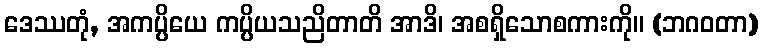
ဒေဿတုံ, အကပ္ပိယေ ကပ္ပိယသညိတာတိ အာဒိ၊ အစရှိသောစကားကို။ (ဘဂဝတာ)